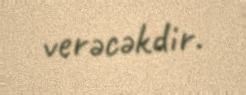
verəcəkdir.